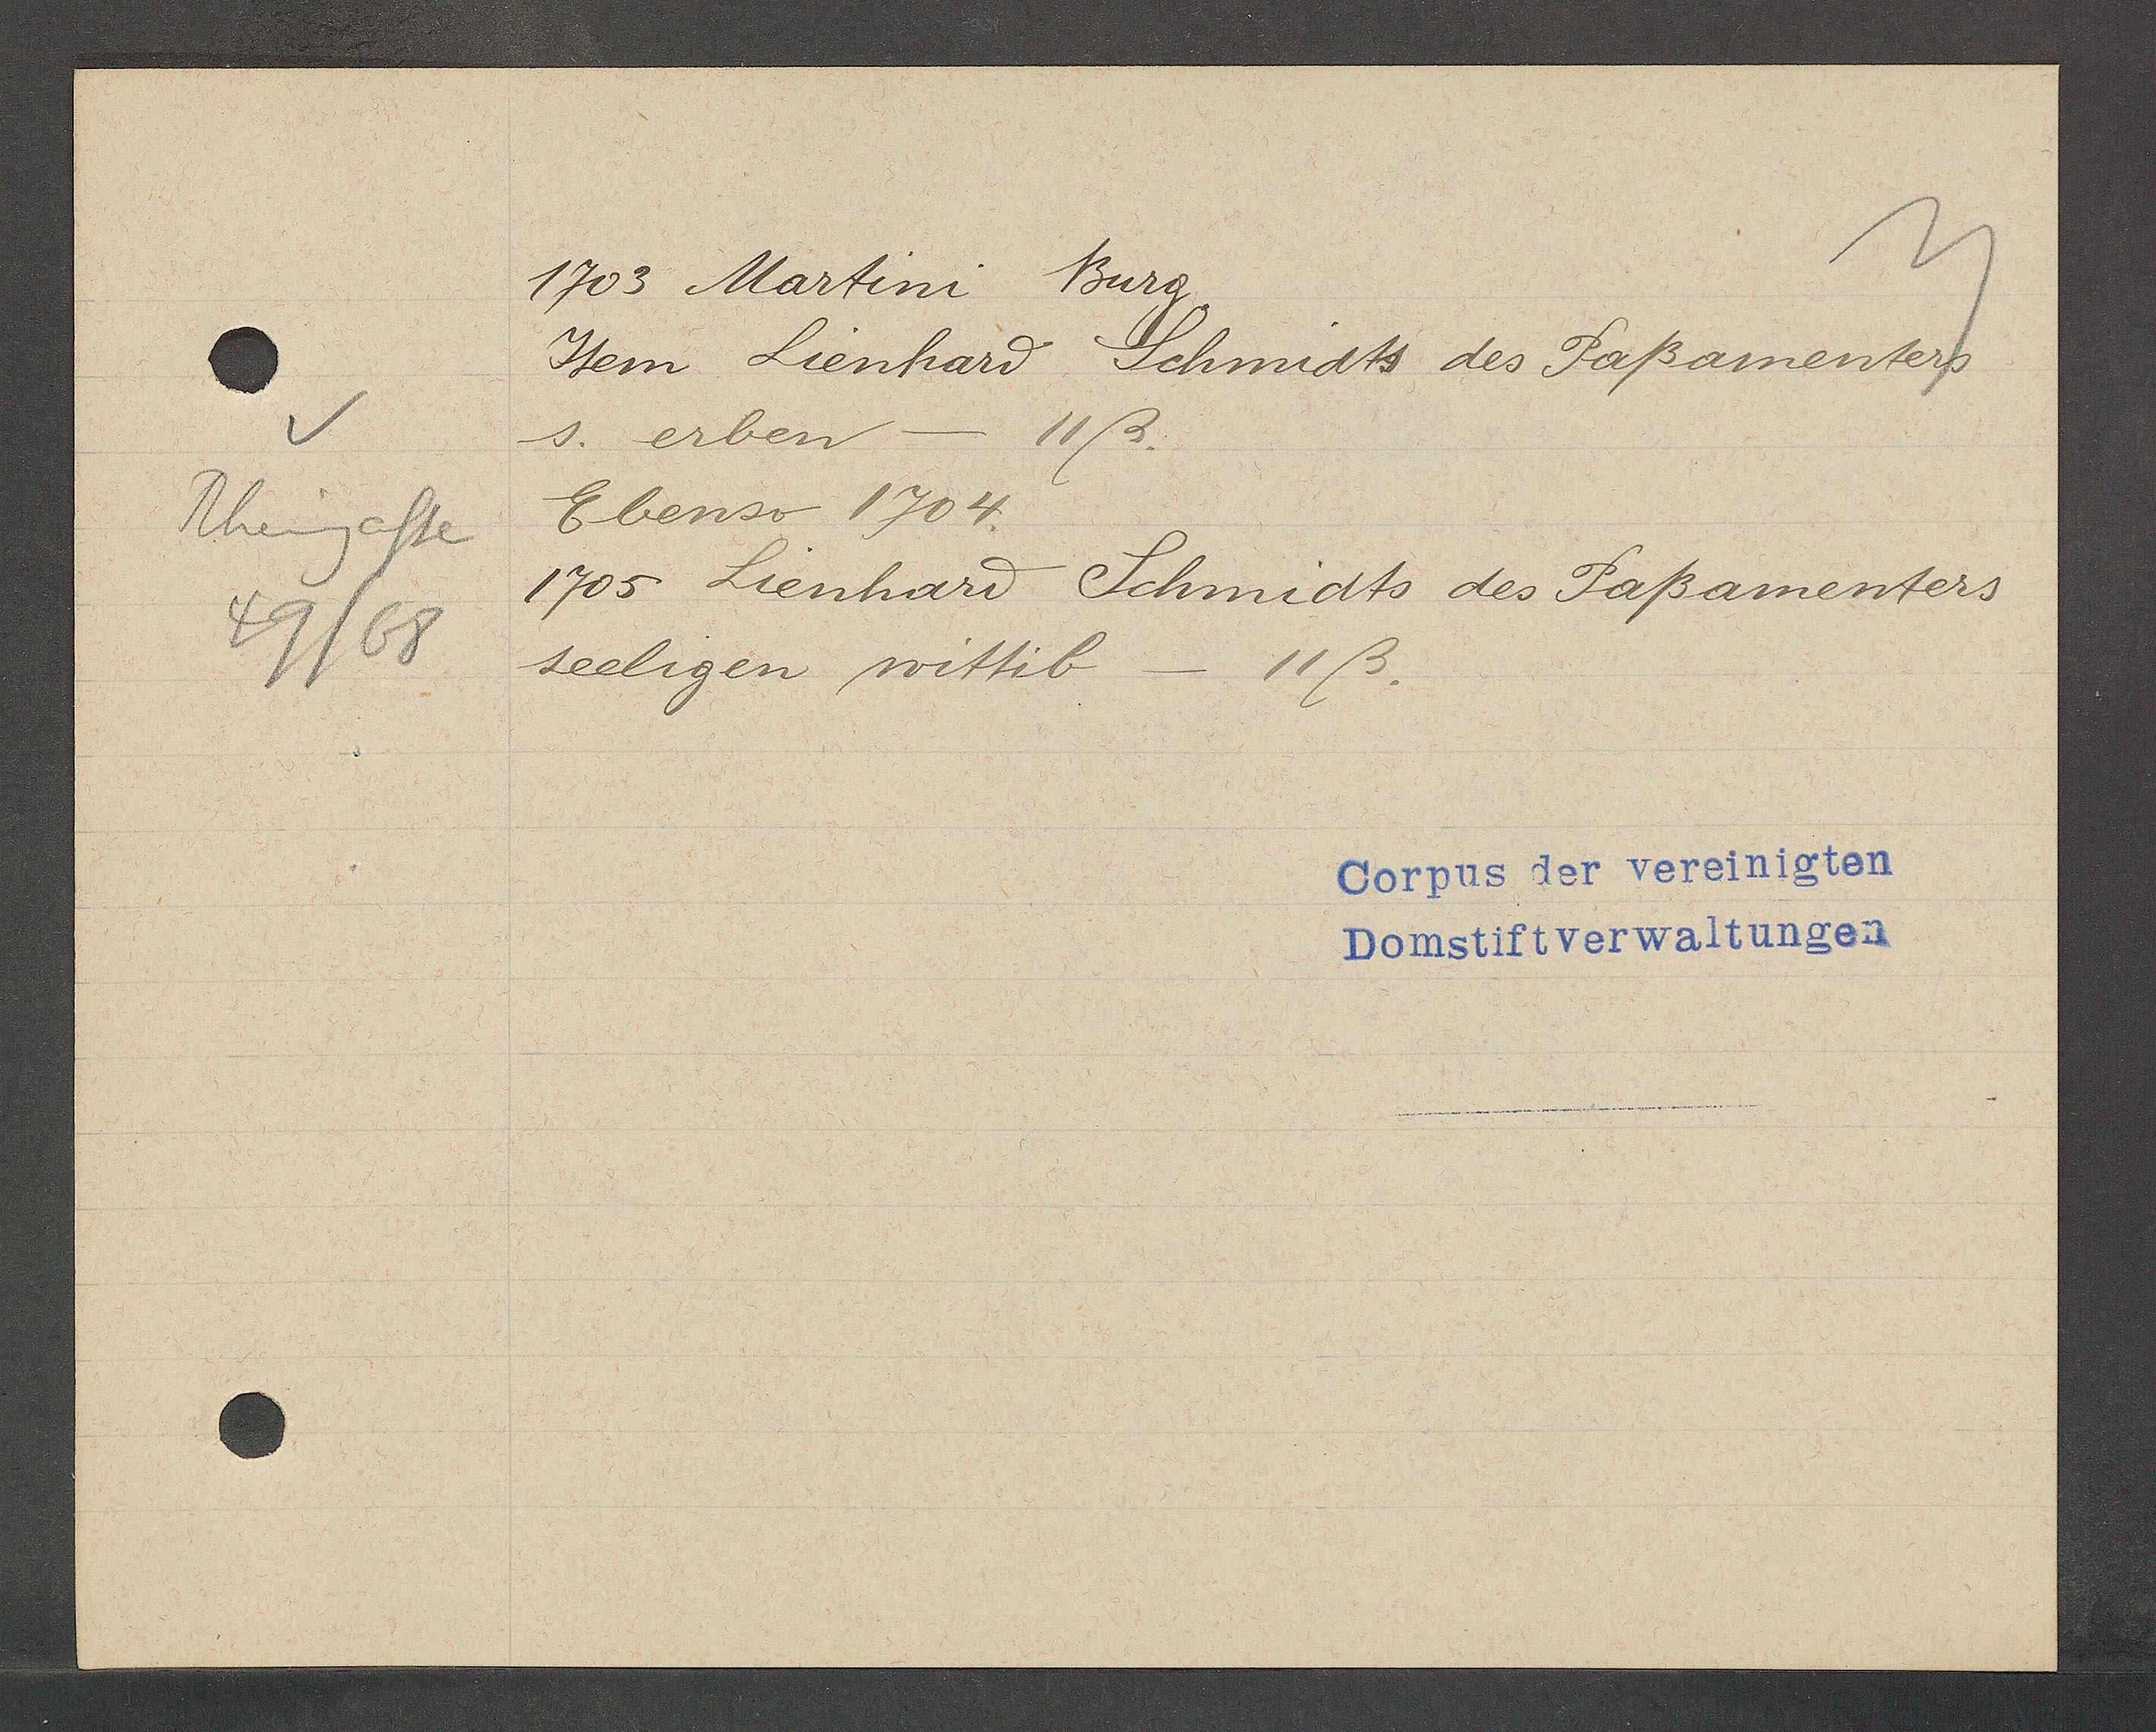
Transcript:
Rheingasse
49/68

1703 Martini
Burg.

Item Lienhard Schmidts des Paßamenters
s. erben - 11ß.
Ebenso 1704.
1705 Lienhard Schmidts des Paßamenters
seeligen wittib - 11ß.

Corpus der vereinigten
Domstiftverwaltungen